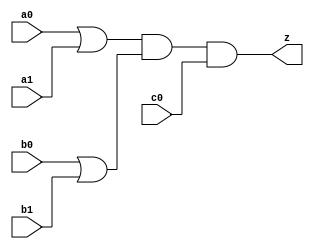
//#############################################################################
//# Function: Or-And (oa221) Gate                                             #
//# Copyright: Lambda Project Authors. All rights Reserved.                   #
//# License:  MIT (see LICENSE file in Lambda repository)                     #
//#############################################################################

module la_oa221 #(
    parameter PROP = "DEFAULT"
) (
    input  a0,
    input  a1,
    input  b0,
    input  b1,
    input  c0,
    output z
);

    assign z = (a0 | a1) & (b0 | b1) & (c0);

endmodule